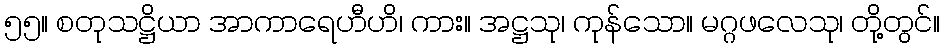
၅၅။ စတုသဋ္ဌိယာ အာကာရေဟီဟိ၊ ကား။ အဋ္ဌသု၊ ကုန်သော။ မဂ္ဂဖလေသု၊ တို့တွင်။